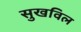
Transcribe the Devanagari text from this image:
सुखविल